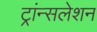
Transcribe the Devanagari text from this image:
ट्रांन्सलेशन